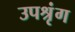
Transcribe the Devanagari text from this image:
उपश्रृंग